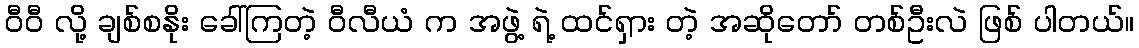
ဝီဝီ လို့ ချစ်စနိုး ခေါ်ကြတဲ့ ဝီလီယံ က အဖွဲ့ ရဲ့ ထင်ရှား တဲ့ အဆိုတော် တစ်ဦးလဲ ဖြစ် ပါတယ်။